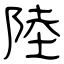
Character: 陸